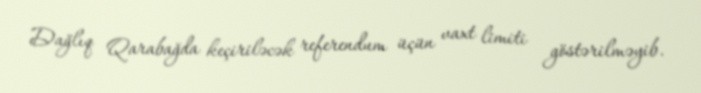
Dağlıq Qarabağda keçiriləcək referendum üçün vaxt limiti göstərilməyib.